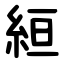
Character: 絙